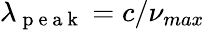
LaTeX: \lambda_{\mathrm{~p~e~a~k~}}=c/\nu_{max}